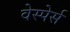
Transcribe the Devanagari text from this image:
वेस्पेर्स